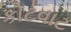
કોટવાટ